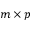
m \times p